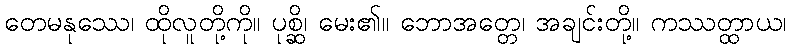
တေမနုဿေ၊ ထိုလူတို့ကို။ ပုစ္ဆိ၊ မေး၏။ ဘောအတ္တေ၊ အချင်းတို့။ ကဿတ္ထာယ၊